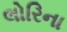
લોરિના